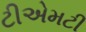
ટીએમટી